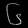
Digit: ၆